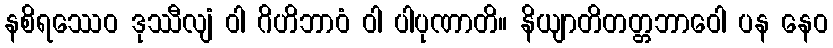
နစိရဿေဝ ဒုဿီလျံ ဝါ ဂိဟိဘာဝံ ဝါ ပါပုဏာတိ။ နိယျာတိတတ္တဘာဝေါ ပန နေဝ